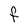
Character: F